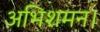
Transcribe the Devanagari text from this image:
अभिशमन।